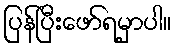
ပြန်ပြီးဖော်ရမှာပါ။